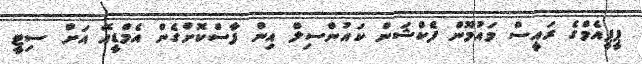
ޕީޕީއެމްގެ ރައީސް މައުމޫން ފެކްޝަން ކައުންސިލް އިން ފާސްކޮށްގެން އެމްޑީއޭ އަށް ސިޓީ